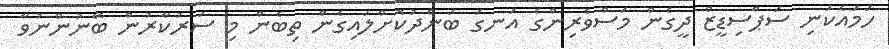
ހަމައެކަނި ސަޕްސިޑީޒް ދީގެން މަސްވެރިންގެ އަނގަ ބަންދުކޮށްލައިގެން ތިބެން މި ސަރުކާރުން ބޭނުންނުވާ